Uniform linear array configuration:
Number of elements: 48
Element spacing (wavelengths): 0.5
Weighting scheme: binomial
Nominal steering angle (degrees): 30
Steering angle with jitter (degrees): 31.822
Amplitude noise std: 0.05
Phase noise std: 0.05

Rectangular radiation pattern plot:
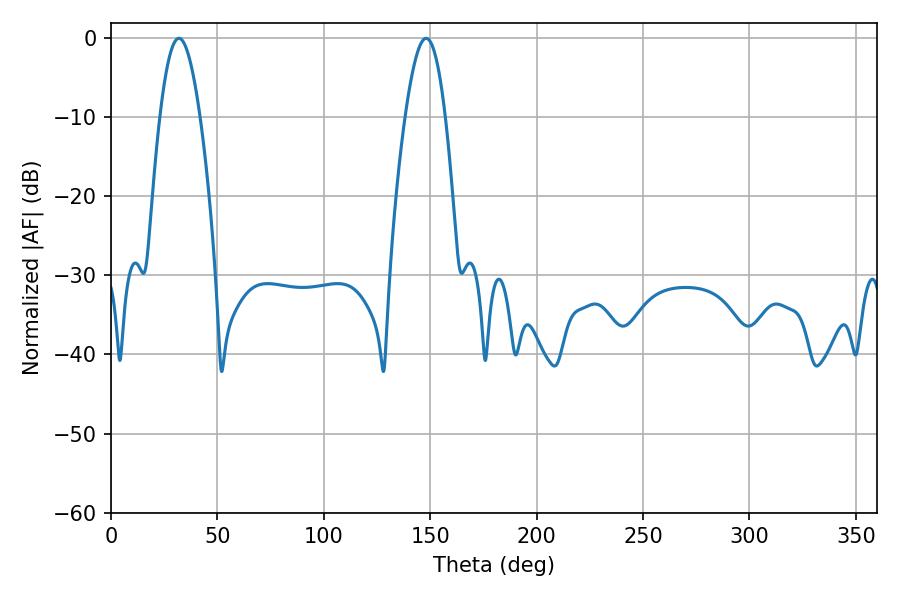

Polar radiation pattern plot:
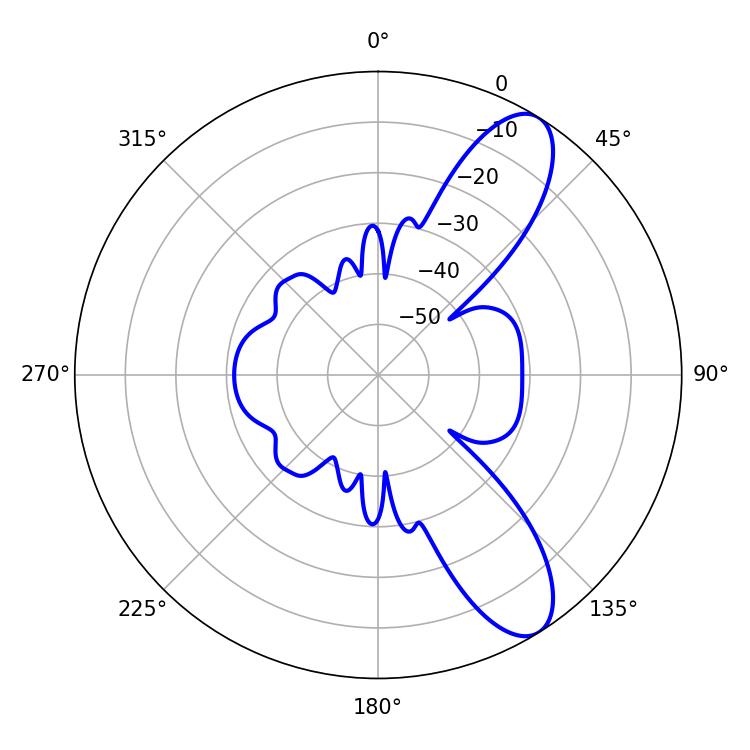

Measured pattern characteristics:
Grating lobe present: FALSE
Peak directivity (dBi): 9.882
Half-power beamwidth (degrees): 10.26
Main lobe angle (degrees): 31.86